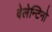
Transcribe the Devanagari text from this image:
वेलेन्टिनो